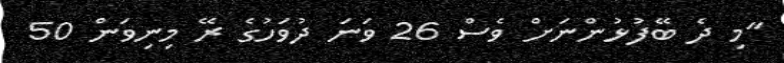
"މި ދެ ބޭފުޅުންނަށް ވެސް 26 ވަނަ ދުވަހުގެ ރޭ މިނިވަން 50